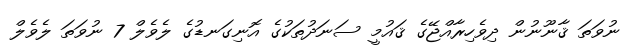
ނުވަތަ ޤާނޫނުން ދިވެހިރާއްޖޭގެ ޤައުމީ ސަނަދުތަކުގެ އޮނިގަނޑުގެ ލެވެލް 7 ނުވަތަ ލެވެލް